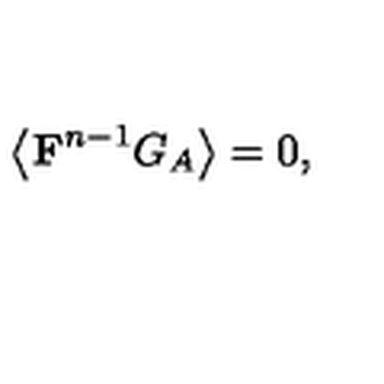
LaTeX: \left\langle \mathrm { { \bf F } } ^ { n - 1 } G _ { A } \right\rangle = 0 ,